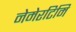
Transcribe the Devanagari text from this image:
नेमेरटिमि